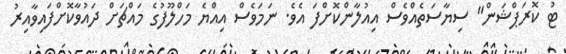
ޓު ކޮރަޕްޝަން" ސިޔާސަތެއްވެސް އިއުލާންކޮށްފަ އެވެ. ނަމަވެސް އިއްޔެ މަހްލޫފުގެ މައްޗަށް ދައުވާކޮށްފައިވާއިރު